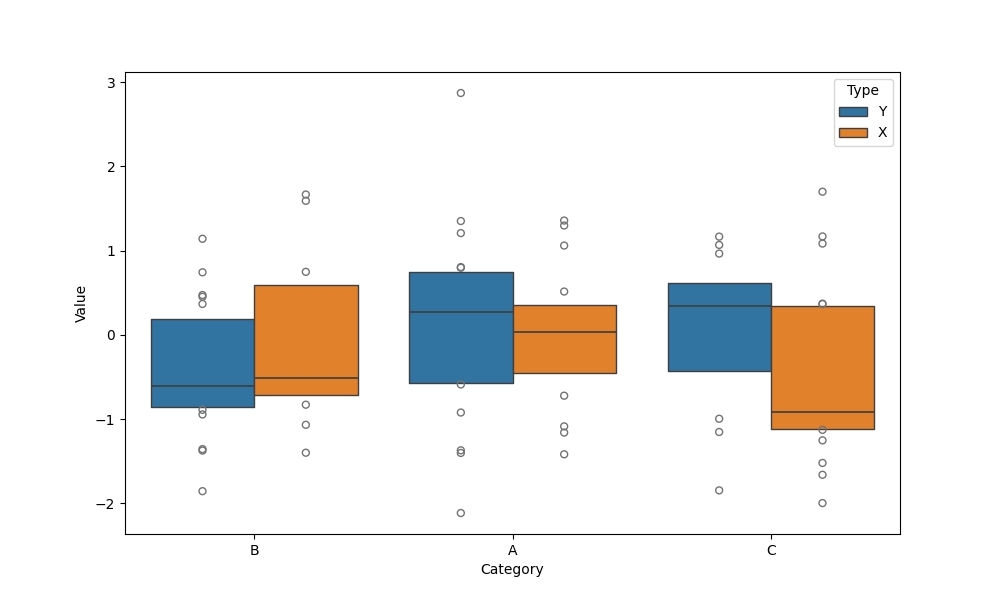
python, seaborn, boxenplot, k_depth='tukey', linewidth=1, scale='exponential', outlier_prop=0.2, showfliers=True